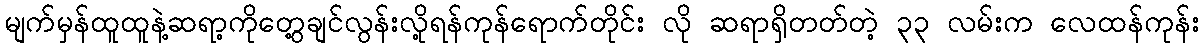
မျက်မှန်ထူထူနဲ့ဆရာ့ကိုတွေ့ချင်လွန်းလို့ရန်ကုန်ရောက်တိုင်း လို ဆရာရှိတတ်တဲ့ ၃၃ လမ်းက လေထန်ကုန်း